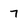
Character: 7